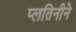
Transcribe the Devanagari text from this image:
प्लतिनीने